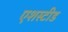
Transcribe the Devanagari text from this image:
एशस्टीड